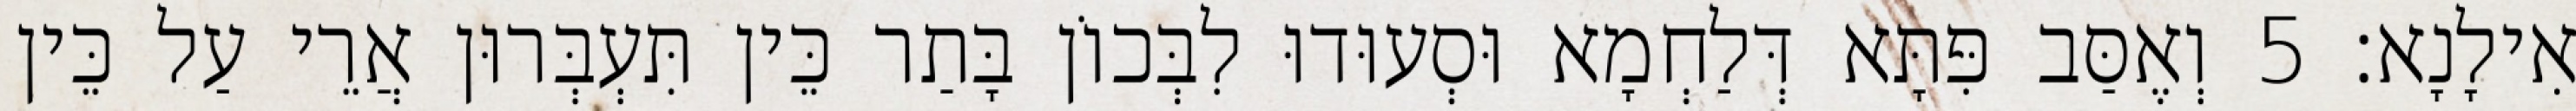
אִילָנָא׃ 5 וְאֶסַּב פִּתָּא דְּלַחְמָא וּסְעוּדוּ לִבְּכוֹן בָּתַר כֵּין תִּעְבְּרוּן אֲרֵי עַל כֵּין